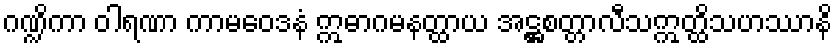
ဂဏ္ဍိကာ ဝါရဏာ ကာမဝေဒနံ ဣဓာဂမနတ္ထာယ အဋ္ဌစတ္တာလီသဣတ္ထိသဟဿာနိ